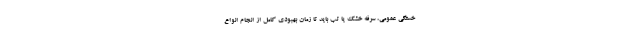
خستگی عمومی، سرفه خشک یا تب باید تا زمان بهبودی کامل از انجام انواع